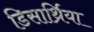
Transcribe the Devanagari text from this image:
डिसार्थ्रिया